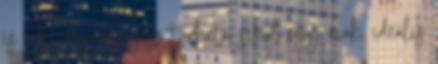
is. Az időjárás egész tűrhető, sehol egy diák, ideális